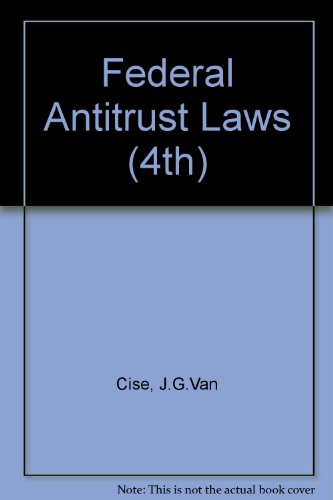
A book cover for Federal Antitrust Laws 4th; Jerrold G. Van Cise; Law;